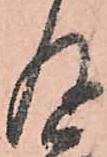
及